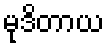
မုဒိတာယ